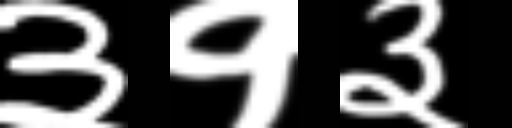
Text: ३१३